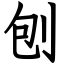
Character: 刨